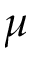
\mu